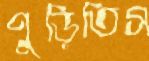
পুড়িতিস